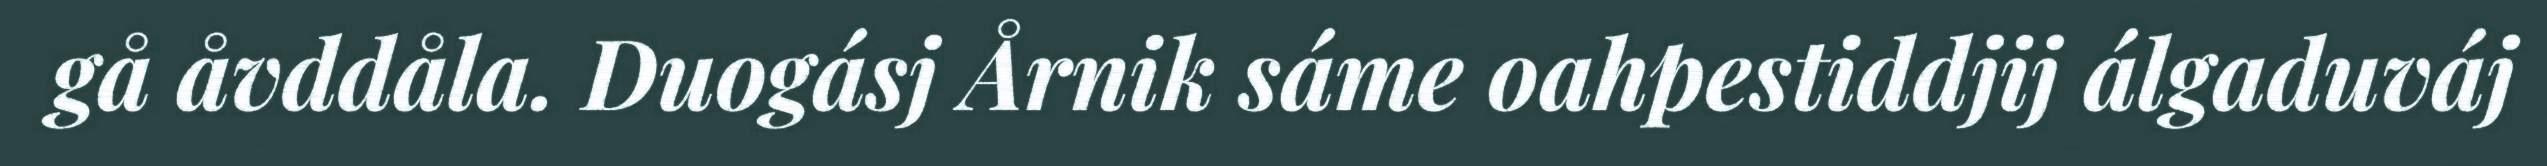
gå åvddåla. Duogásj Årnik sáme oahpestiddjij álgaduváj